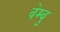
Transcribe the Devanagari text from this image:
वेम्बु